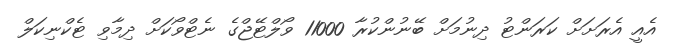
އެއީ އެރަށަށް ކަރަންޓު ދިނުމަށް ބޭނުންކުރާ 11000 ވޯލްޓޭޖްގެ ނެޓްވޯކަށް ދިމާވި ޓެކްނިކަލް